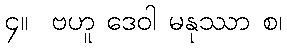
၄။  ဗဟူ ဒေဝါ မနုဿာ စ၊